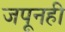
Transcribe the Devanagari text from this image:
जपूनही